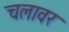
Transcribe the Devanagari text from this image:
चलावर